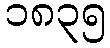
၁၈၃၅